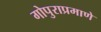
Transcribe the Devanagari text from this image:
गोपुराप्रमाणे